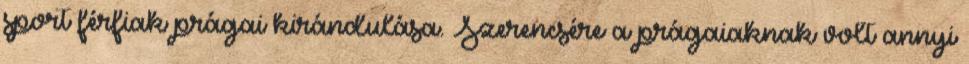
sport férfiak prágai kirándulása. Szerencsére a prágaiaknak volt annyi